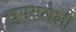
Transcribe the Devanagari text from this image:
खुपसलेली